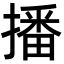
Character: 播